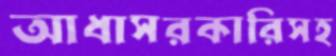
আধাসরকারিসহ